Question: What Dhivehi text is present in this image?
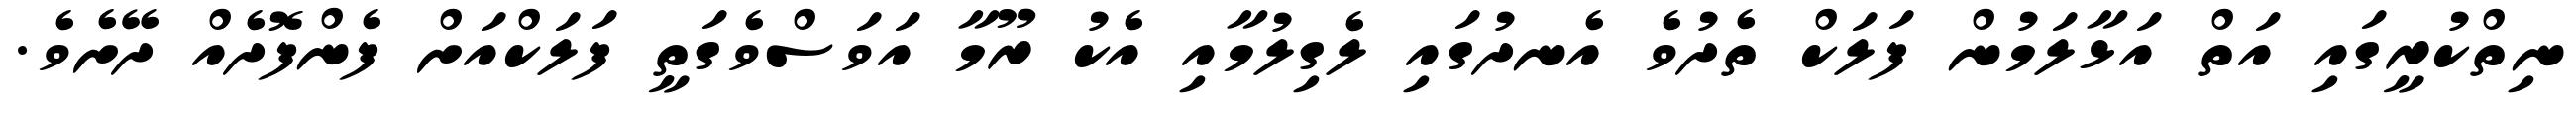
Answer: ނިތްކުރީގައި އަތް އަޅާލަމުން ފަލަކް ތެދުވެ އެނދުގައި ލެގިލުމާއި އެކު ރޫމާ އަވަސްވެގަތީ ފަލަކްއަށް ފެންފޮދެއް ދޭށެވެ.